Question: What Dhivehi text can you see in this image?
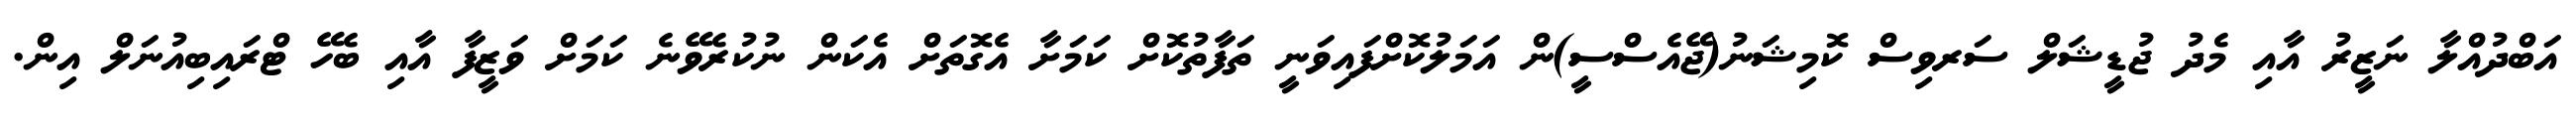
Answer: އަބްދުއްލާ ނަޒީރު އާއި މެދު ޖުޑީޝަލް ސަރވިސް ކޮމިޝަނު(ޖޭއެސްސީ)ން އަމަލުކޮށްފައިވަނީ ތަފާތުކޮށް ކަމަށާ އެގޮތަށް އެކަން ނުކުރެވޭނެ ކަމަށް ވަޒީފާ އާއި ބެހޭ ޓްރައިބިއުނަލް އިން.